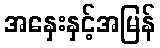
အနှေးနှင့်အမြန်